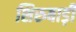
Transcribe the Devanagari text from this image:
शिरुबाड़ी